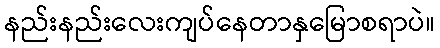
နည်းနည်းလေးကျပ်နေတာနှမြောစရာပဲ။